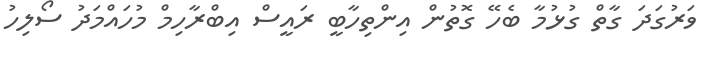
ވަރުގަދަ ގާތް ގުޅުމާ ބެހޭ ގޮތުން އިންތިހާބީ ރައީސް އިބްރާހިމް މުހައްމަދު ސޯލިހު